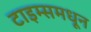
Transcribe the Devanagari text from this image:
टाइम्समधून